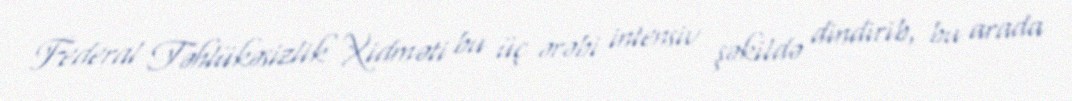
Federal Təhlükəsizlik Xidməti bu üç ərəbi intensiv şəkildə dindirib, bu arada